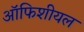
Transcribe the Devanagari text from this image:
ऑफिशीयल